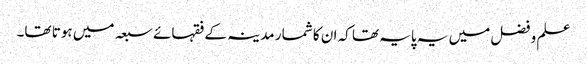
علم و فضل میں یہ پایہ تھا کہ ان کا شمار مدینہ کے فقہائے سبعہ میں ہوتا تھا۔